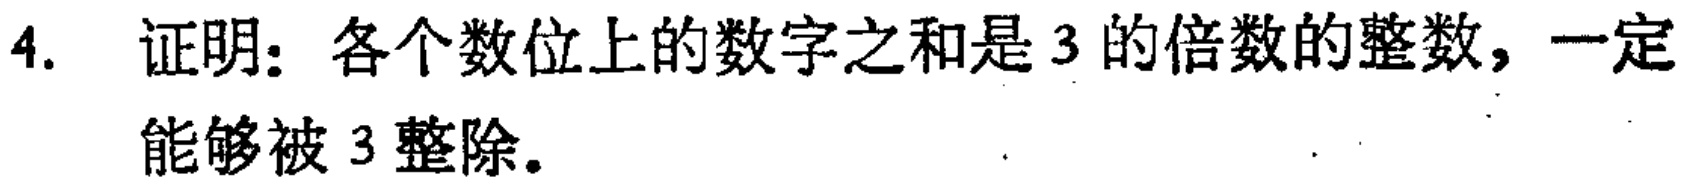
4. 证明：各个数位上的数字之和是3的倍数的整数，一定能够被3整除。